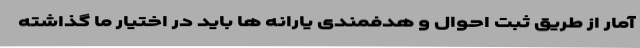
آمار از طریق ثبت احوال و هدفمندی یارانه ها باید در اختیار ما گذاشته